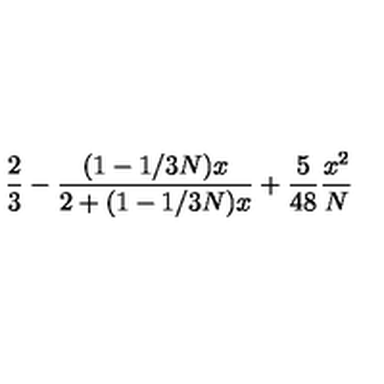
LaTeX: \frac { 2 } { 3 } - \frac { ( 1 - 1 / 3 N ) x } { 2 + ( 1 - 1 / 3 N ) x } + \frac { 5 } { 4 8 } \frac { x ^ { 2 } } { N }